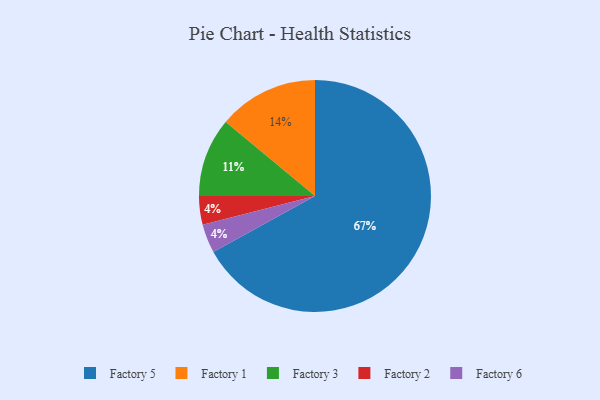
{"axis": {"x": "Category", "y": "Percentage"}, "legend": ["Factory 1", "Factory 2", "Factory 3", "Factory 5", "Factory 6"], "data": [{"x": "Factory 2", "y": 4, "type": "Factory 2"}, {"x": "Factory 3", "y": 11, "type": "Factory 3"}, {"x": "Factory 5", "y": 67, "type": "Factory 5"}, {"x": "Factory 1", "y": 14, "type": "Factory 1"}, {"x": "Factory 6", "y": 4, "type": "Factory 6"}]}